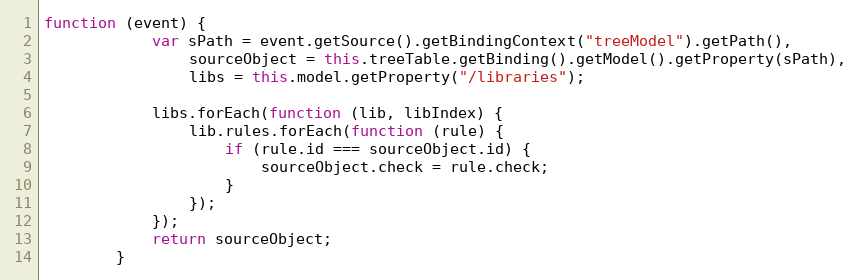
Language: JavaScript
function (event) {
			var sPath = event.getSource().getBindingContext("treeModel").getPath(),
				sourceObject = this.treeTable.getBinding().getModel().getProperty(sPath),
				libs = this.model.getProperty("/libraries");

			libs.forEach(function (lib, libIndex) {
				lib.rules.forEach(function (rule) {
					if (rule.id === sourceObject.id) {
						sourceObject.check = rule.check;
					}
				});
			});
			return sourceObject;
		}